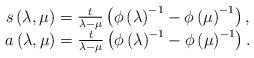
LaTeX: \begin{align*}\begin{array}{c}s\left( \lambda ,\mu \right) =\frac t{\lambda -\mu }\left( \phi \left(\lambda \right) ^{-1}-\phi \left( \mu \right) ^{-1}\right) , \\a\left( \lambda ,\mu \right) =\frac t{\lambda -\mu }\left( \phi \left(\lambda \right) ^{-1}-\phi \left( \mu \right) ^{-1}\right) .\end{array}\end{align*}